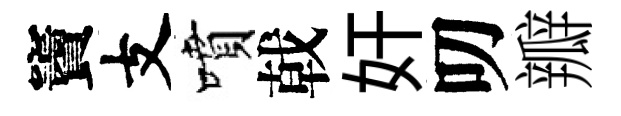
竇支噴戟奸叨瓣